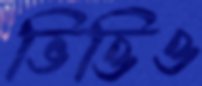
ভিত্তিও